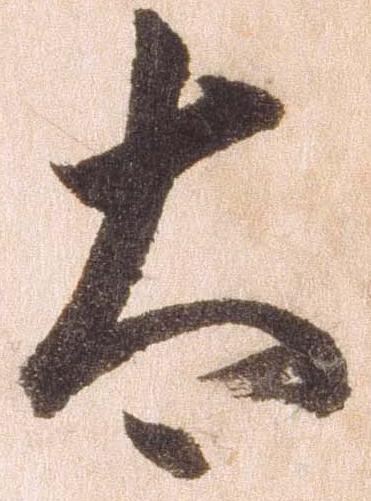
太